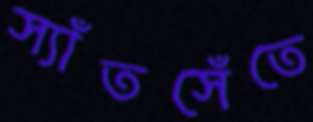
স্যাঁতসেঁতে